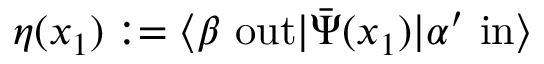
\eta ( x _ { 1 } ) : = \langle \beta \ \mathrm { o u t } | { \bar { \Psi } } ( x _ { 1 } ) | \alpha ^ { \prime } \ \mathrm { i n } \rangle